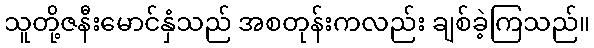
သူတို့ဇနီးမောင်နှံသည် အစတုန်းကလည်း ချစ်ခဲ့ကြသည်။